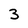
Character: 3